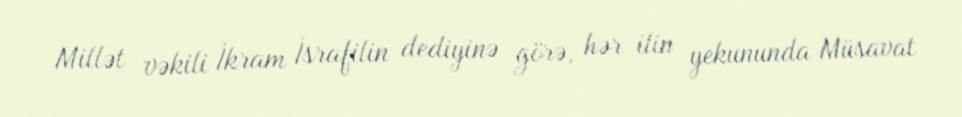
Millət vəkili İkram İsrafilin dediyinə görə, hər ilin yekununda Müsavat